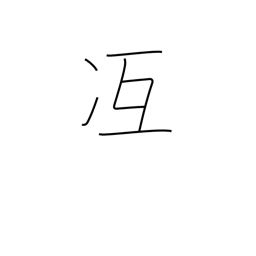
Meaning: attain skill